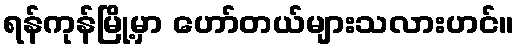
ရန်ကုန်မြို့မှာ ဟော်တယ်များသလားဟင်။